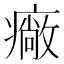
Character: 𤺲